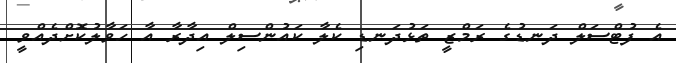
އެ ފުޓްސަލް ދަނޑުގެ ރަމްޒީ ތަޅުދަނޑި ކެލާ ކައުންސިލް އިދާރާ އާ ހަވާލުކޮށްދެއްވީ